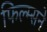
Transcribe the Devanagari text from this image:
फिल्म्सने